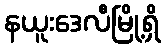
နယူးဒေလီမြို့ရှိ